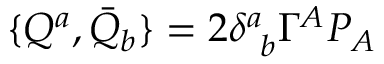
\{ { \cal Q } ^ { a } , \bar { { \cal Q } } _ { b } \} = 2 \delta _ { ~ b } ^ { a } \Gamma ^ { A } P _ { A }